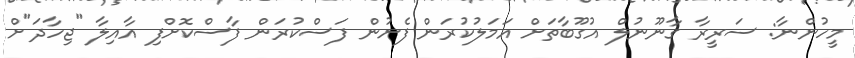
މީހުންނާ: ސަރީރާ ގާނޫނުލް އުގޫބާތަށް އަމަލުކުރަން ފެށުން ފަސްކުރަން ފާސްކޮށްފި އާއިލާ "ޖިހާދަ"ށް